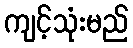
ကျင့်သုံးမည်